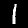
Digit: 1